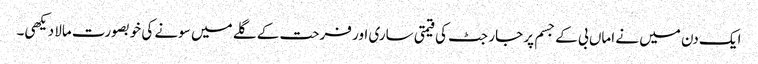
ایک دن میں نے اماں بی کے جسم پر جارجٹ کی قیمتی ساری اور فرحت کے گلے میں سونے کی خوبصورت مالا دیکھی۔